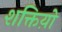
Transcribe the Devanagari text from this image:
शक्तिय़ो